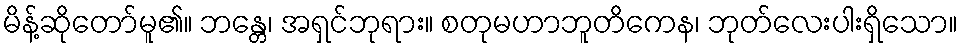
မိန့်ဆိုတော်မူ၏။ ဘန္တေ၊ အရှင်ဘုရား။ စတုမဟာဘူတိကေန၊ ဘုတ်လေးပါးရှိသော။